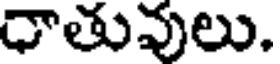
ధాతువులు.